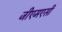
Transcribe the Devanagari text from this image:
जीएमएसी